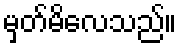
မှတ်မိလေသည်။